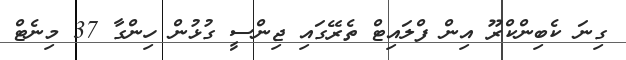
ގިނަ ކެބިންކްރޫ އިން ފްލައިޓް ތެރޭގައި ޖިންސީ ގުޅުން ހިންގާ 37 މިނެޓް